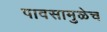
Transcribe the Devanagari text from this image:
पावसामुळेच